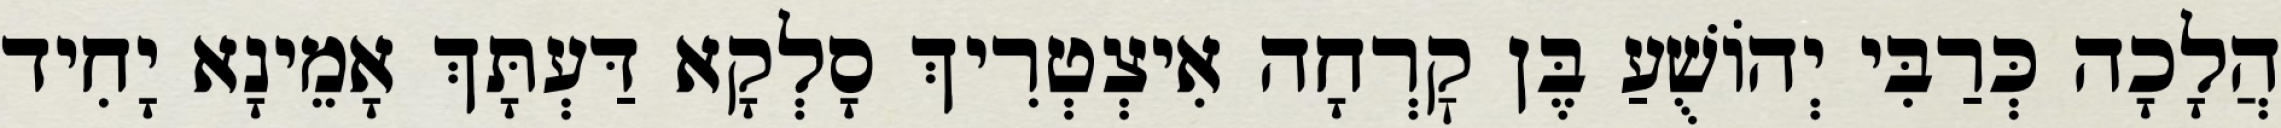
הֲלָכָה כְּרַבִּי יְהוֹשֻׁעַ בֶּן קׇרְחָה אִיצְטְרִיךְ סָלְקָא דַּעְתָּךְ אָמֵינָא יָחִיד